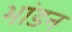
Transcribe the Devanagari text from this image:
भांडन